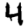
Digit: 4